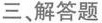
三、解答题